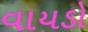
વાયડો